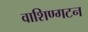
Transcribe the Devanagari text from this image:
वाशिण्गटन